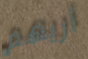
أريهم